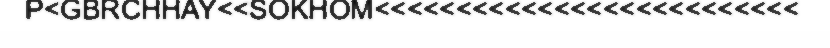
P<GBRCHHAY<<SOKHOM<<<<<<<<<<<<<<<<<<<<<<<<<<